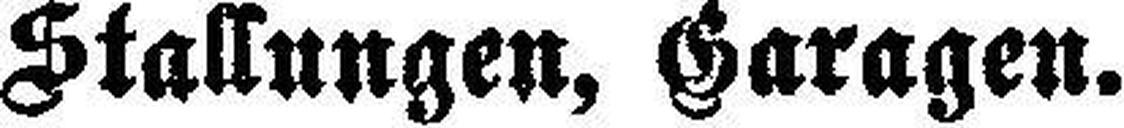
Stallungen, Garagen.